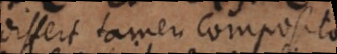
differt tamen composita